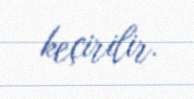
keçirilir.